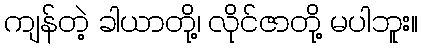
ကျန်တဲ့ ခါယာတို့၊ လိုင်ဇာတို့ မပါဘူး။